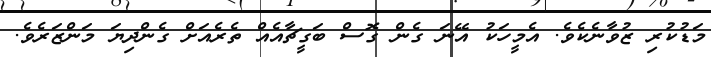
މަޑުކުރި ޒުވާނެކެވެ. އެމީހަކު އޭނަ ގެން ގޮސް ބަގީޗާއެއް ތެރެއަށް ގެންދިޔަ މަންޒަރެވެ.